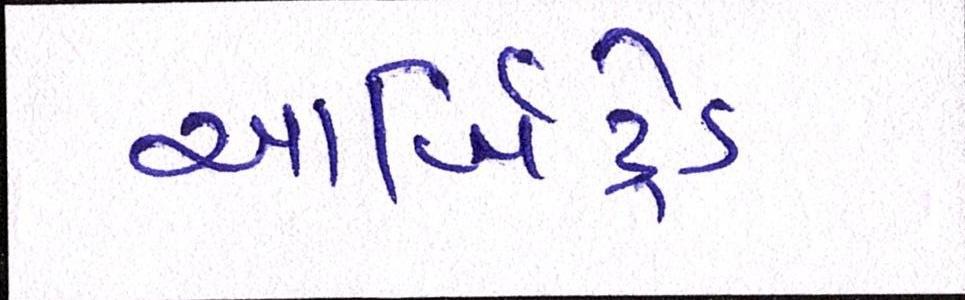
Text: આર્બિટ્રેડ